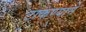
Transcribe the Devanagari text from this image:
टाकण्याने